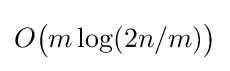
O{\bigl (}m\log(2n/m){\bigr )}